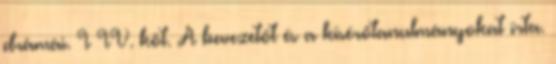
drámái. I–IV. köt. A bevezetőt és a kísérőtanulmányokat írta.